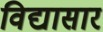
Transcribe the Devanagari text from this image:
विद्यासार